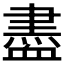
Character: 𧗊